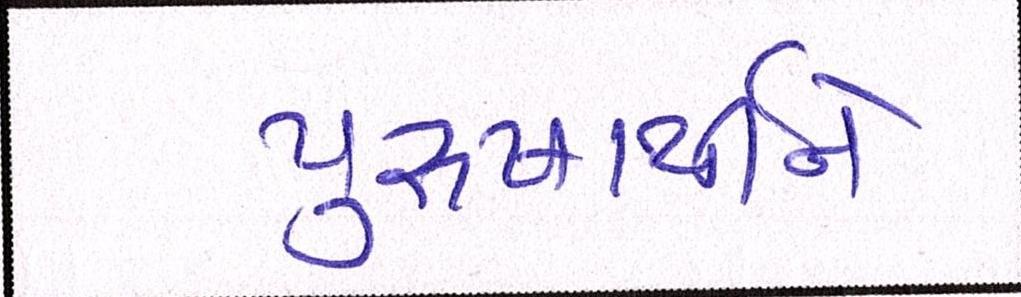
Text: પુરુષાર્થીને